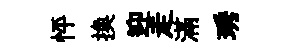
怦换迎走滿琇